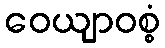
ဝေယျာဝစ္စံ